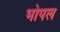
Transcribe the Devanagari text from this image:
भोपल